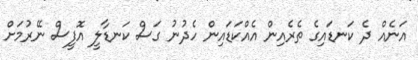
އަނެއް ދެ ކަނޑައިގެ ތެރެއިން އެއްކަޑައިން ހެދުނު ގަސް ކަނޑާލީ އޮފީސް ނޭރުމަށް